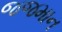
જજમાન